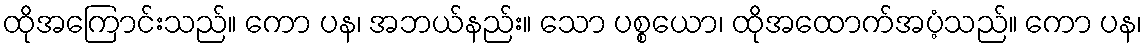
ထိုအကြောင်းသည်။ ကော ပန၊ အဘယ်နည်း။ သော ပစ္စယော၊ ထိုအထောက်အပံ့သည်။ ကော ပန၊